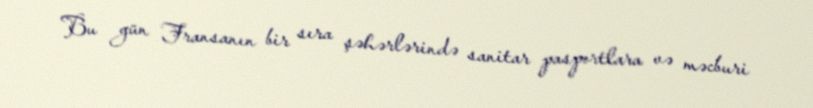
Bu gün Fransanın bir sıra şəhərlərində sanitar pasportlara və məcburi